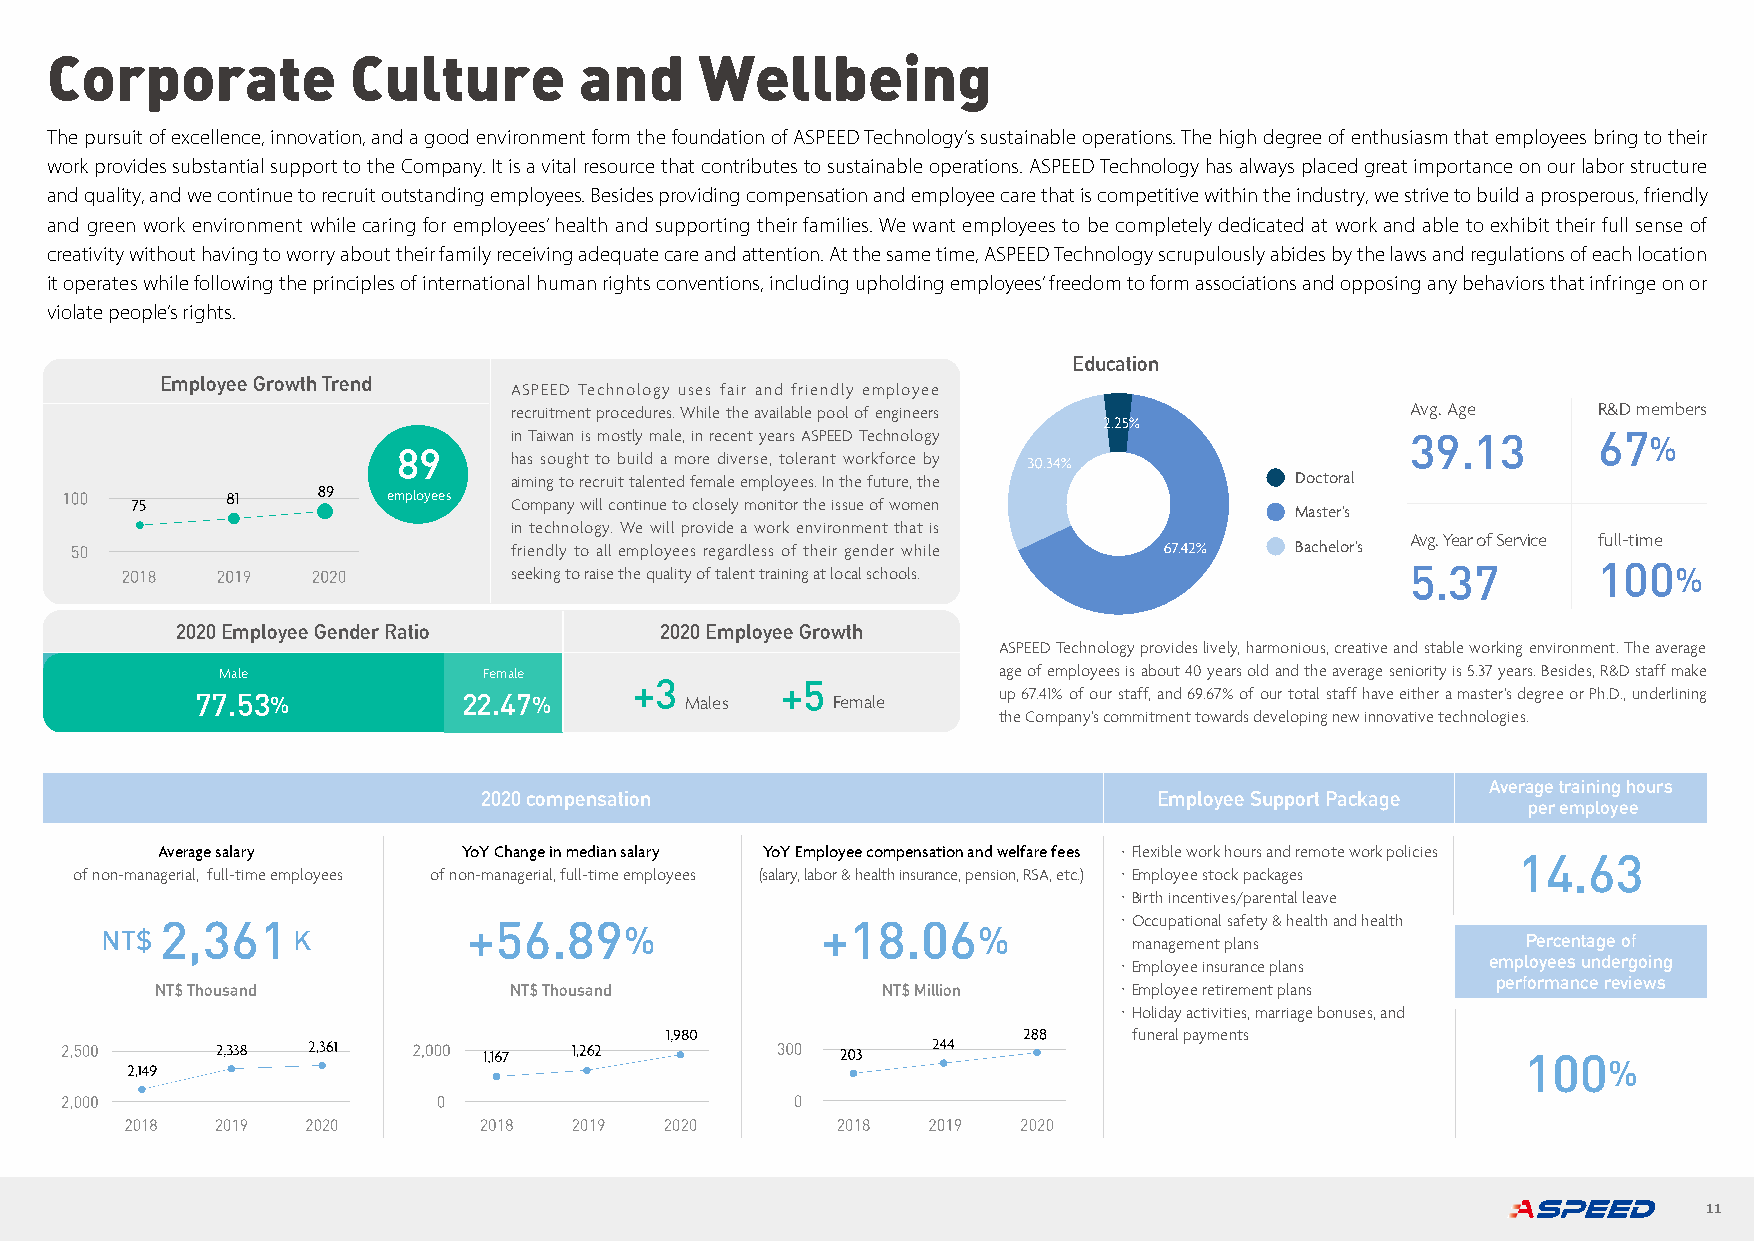
Corporate           Culture        and     Wellbeing
 The pursuit of excellence, innovation, and a good environment form the foundation of ASPEED Technology’s sustainable operations. The high degree of enthusiasm that employees bring to their
 work provides substantial support to the Company. It is a vital resource that contributes to sustainable operations. ASPEED Technology has always placed great importance on our labor structure
 and quality, and we continue to recruit outstanding employees. Besides providing compensation and employee care that is competitive within the industry, we strive to build a prosperous, friendly
 and green work environment while caring for employees’ health and supporting their families. We want employees to be completely dedicated at work and able to exhibit their full sense of
 creativity without having to worry about their family receiving adequate care and attention. At the same time, ASPEED Technology scrupulously abides by the laws and regulations of each location
 it operates while following the principles of international human rights conventions, including upholding employees’ freedom to form associations and opposing any behaviors that infringe on or
 violate people’s rights.
 Education
 Employee Growth Trend
 ASPEED Technology uses fair and friendly employee
 recruitment procedures. While the available pool of engineers Avg. Age  R&D members
 in Taiwan is mostly male, in recent years ASPEED Technology 39.13       67 %
 89
 has sought to build a more diverse, tolerant workforce by
 aiming to recruit talented female employees. In the future, the Doctoral
 employees
 Company will continue to closely monitor the issue of women
 Master’s
 in technology. We will provide a work environment that is
 Avg. Year of Service full-time
 friendly to all employees regardless of their gender while Bachelor’s
 seeking to raise the quality of talent training at local schools. 5.37  100  %
 2020 Employee Gender Ratio      2020 Employee Growth
 ASPEED Technology provides lively, harmonious, creative and stable working environment. The average
 Male             Female                            age of employees is about 40 years old and the average seniority is 5.37 years. Besides, R&D staff make
 +3        +5
 77.53%            22.47%        Males     Female     up 67.41% of our staff, and 69.67% of our total staff have either a master’s degree or Ph.D., underlining
 the Company’s commitment towards developing new innovative technologies.
 Average training hours
 2020 compensation                            Employee Support Package
 per employee
 Average salary       YoY Change in median salary YoY Employee compensation and welfare fees ・Flexible work hours and remote work policies 14.63
 of non-managerial, full-time employees of non-managerial, full-time employees (salary, labor & health insurance, pension, RSA, etc.) ・Employee stock packages
 ・Birth incentives/parental leave
 2,361               +56.89                 +18.06              ・Occupational safety & health and health
 NT$         K                     %                       %         management plans          Percentage of
 ・Employee insurance plans employees undergoing
 performance reviews
 NT$ Thousand            NT$ Thousand            NT$ Million     ・Employee retirement plans
 ・Holiday activities, marriage bonuses, and
 funeral payments
 100
 %
 11